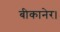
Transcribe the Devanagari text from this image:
बीकानेर।